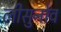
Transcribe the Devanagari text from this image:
लीसुनोव